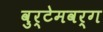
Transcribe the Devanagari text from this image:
वुर्टेमवर्ग